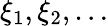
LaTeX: \xi_{1},\xi_{2},\ldots